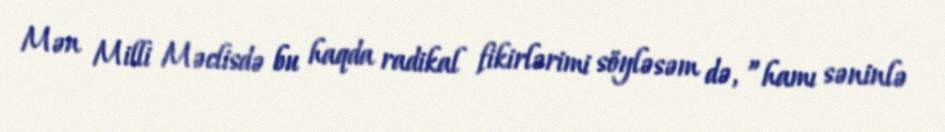
Mən Milli Məclisdə bu haqda radikal fikirlərimi söyləsəm də, ”hamı səninlə